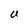
Character: U